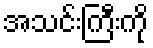
အသင်းကြီးကို